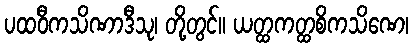
ပထဝီကသိဏာဒီသု၊ တို့တွင်။ ယတ္ထကတ္ထစိကသိဏေ၊